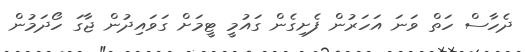
ދެހާސް ހަތް ވަނަ އަހަރުން ފެށިގެން ގައުމީ ޓީމަށް ގަވައިދުން ޖާގަ ހޯދަމުން